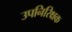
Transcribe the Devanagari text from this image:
उपनिरिक्षक